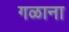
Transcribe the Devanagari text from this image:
गळाना